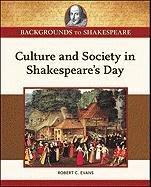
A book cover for Culture and Society in Shakespeare's Day (Backgrounds to Shakespeare); Robert C. Evans; Teen & Young Adult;